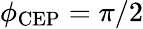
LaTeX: \phi_{\mathrm{CEP}}=\pi/2